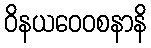
ဝိနယဝေဝစနာနိ